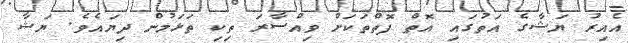
އެއިރު ޔަޝާގެ އަތުގައި އޮތް ފޮތްތަަކަށް ވިއްސާރަ ތިކި ތަޅަމުން ދިޔައެވެ. ޔަޝާ